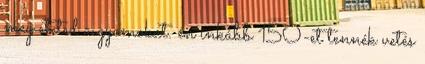
meg eteted a gyomokat. én inkább 150-et tennék vetés